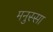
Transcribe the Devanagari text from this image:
मनुस्सा